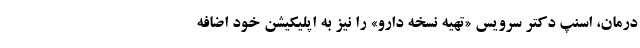
درمان، اسنپ دکتر سرویس «تهیه نسخه دارو» را نیز به اپلیکیشن خود اضافه